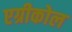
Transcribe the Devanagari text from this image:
एग्रीकोल